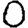
Digit: 0